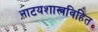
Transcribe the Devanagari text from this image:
नाटयशास्त्रविहित